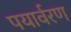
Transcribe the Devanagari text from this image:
पयार्वरण